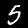
Label: 5